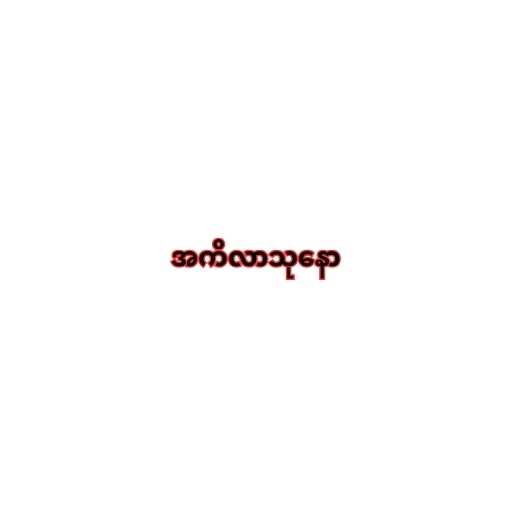
အကိလာသုနော